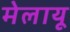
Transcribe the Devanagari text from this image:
मेलायू